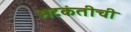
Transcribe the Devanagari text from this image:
भटकंतीची